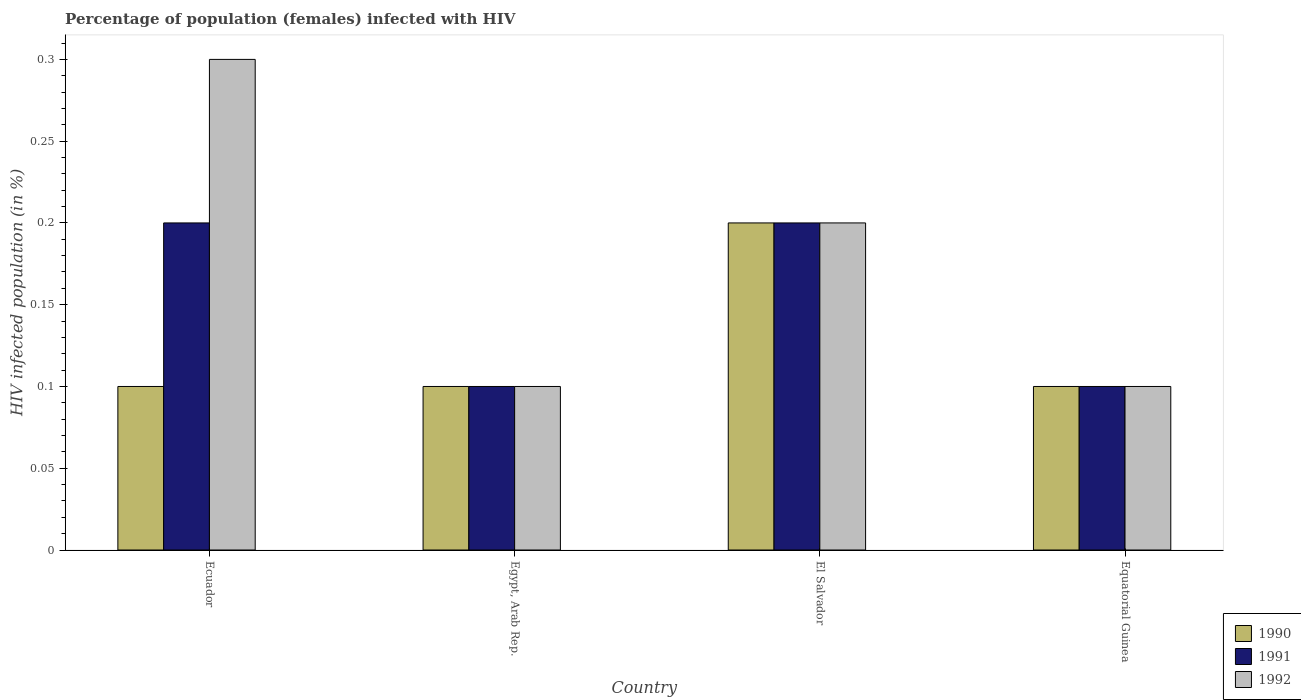
| Country | 1990 | 1991 | 1992 |
 | --- | --- | --- | --- |
 | Ecuador | 0.1 | 0.2 | 0.3 |
 | Egypt, Arab Rep. | 0.1 | 0.1 | 0.1 |
 | El Salvador | 0.2 | 0.2 | 0.2 |
 | Equatorial Guinea | 0.1 | 0.1 | 0.1 |